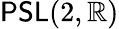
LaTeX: {\sf PSL}(2,\mathbb{R})